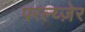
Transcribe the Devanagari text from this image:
परल्य्ज़ेर